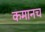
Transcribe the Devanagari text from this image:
कमानच